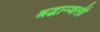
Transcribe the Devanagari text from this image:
श्रद्धान्जली